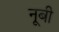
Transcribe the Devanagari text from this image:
नूबी